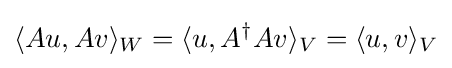
\langle Au,Av\rangle _{W}=\langle u,A^{\dagger }Av\rangle _{V}=\langle u,v\rangle _{V}